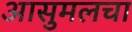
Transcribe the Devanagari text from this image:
आसुमलचा